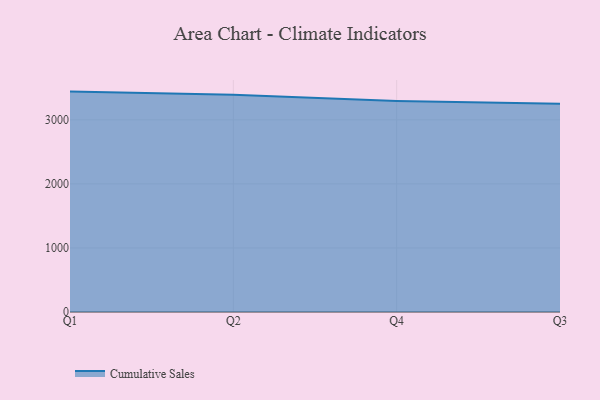
{"axis": {"x": "Quarter", "y": "Website Visitors"}, "legend": ["Cumulative Sales"], "data": [{"x": "Q1", "y": 3440.7, "type": "Cumulative Sales"}, {"x": "Q2", "y": 3392.1, "type": "Cumulative Sales"}, {"x": "Q4", "y": 3294.3, "type": "Cumulative Sales"}, {"x": "Q3", "y": 3252.7, "type": "Cumulative Sales"}]}